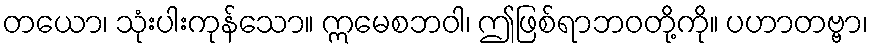
တယော၊ သုံးပါးကုန်သော။ ဣမေစဘဝါ၊ ဤဖြစ်ရာဘဝတို့ကို။ ပဟာတဗ္ဗာ၊